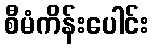
စီမံကိန်းပေါင်း